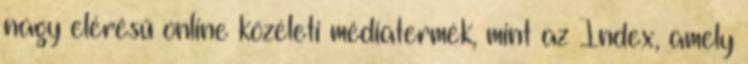
nagy elérésű online közéleti médiatermék, mint az Index, amely